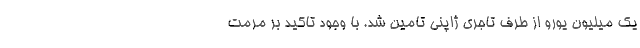
یک میلیون یورو از طرف تاجری ژاپنی تامین شد. با وجود تاکید بر مرمت